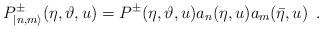
LaTeX: \begin{align*}P^{\pm }_{|n,m\rangle }(\eta ,\vartheta ,u)=P^{\pm }(\eta ,\vartheta,u)a_{n}(\eta ,u)a_{m}(\bar{\eta },u)\, \, \, .\end{align*}